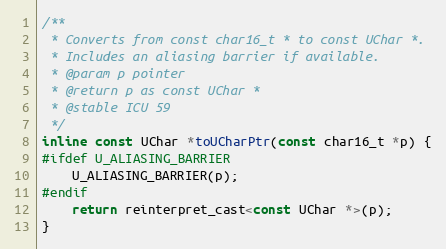
Language: C
/**
 * Converts from const char16_t * to const UChar *.
 * Includes an aliasing barrier if available.
 * @param p pointer
 * @return p as const UChar *
 * @stable ICU 59
 */
inline const UChar *toUCharPtr(const char16_t *p) {
#ifdef U_ALIASING_BARRIER
    U_ALIASING_BARRIER(p);
#endif
    return reinterpret_cast<const UChar *>(p);
}